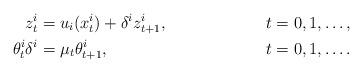
LaTeX: \begin{align*}z_t^i &= u_i(x_t^i) + \delta^i z_{t+1}^i, & t=0,1,\ldots,\\\theta_t^i \delta^i &= \mu_t \theta_{t+1}^i, & t=0,1,\ldots.\end{align*}